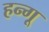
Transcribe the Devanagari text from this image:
हन्गू